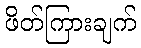
ဖိတ်ကြားချက်